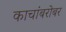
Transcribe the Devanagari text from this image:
काचांबरोबर